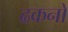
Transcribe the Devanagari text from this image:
ढकनों